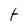
Character: t